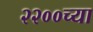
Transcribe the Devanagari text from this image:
२२००च्या